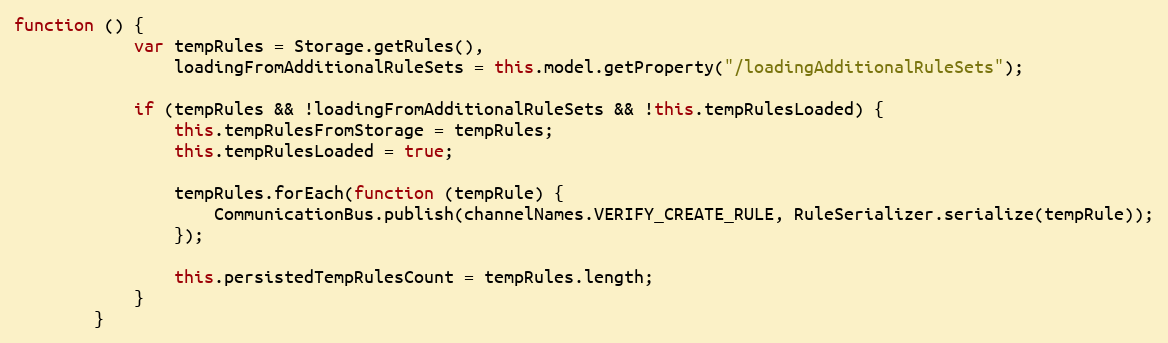
Language: JavaScript
function () {
			var tempRules = Storage.getRules(),
				loadingFromAdditionalRuleSets = this.model.getProperty("/loadingAdditionalRuleSets");

			if (tempRules && !loadingFromAdditionalRuleSets && !this.tempRulesLoaded) {
				this.tempRulesFromStorage = tempRules;
				this.tempRulesLoaded = true;

				tempRules.forEach(function (tempRule) {
					CommunicationBus.publish(channelNames.VERIFY_CREATE_RULE, RuleSerializer.serialize(tempRule));
				});

				this.persistedTempRulesCount = tempRules.length;
			}
		}